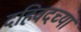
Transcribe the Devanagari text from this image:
दहिवदच्या